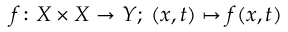
f \colon X \times X \to Y ; \; ( x , t ) \mapsto f ( x , t )